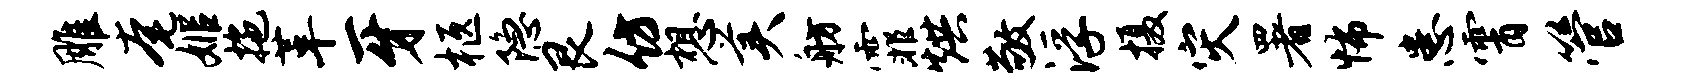
雕奄姬拖革牙柩隐艮仿想美舫霏烘敬浮摄灾署怖患霄管